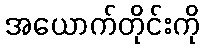
အယောက်တိုင်းကို